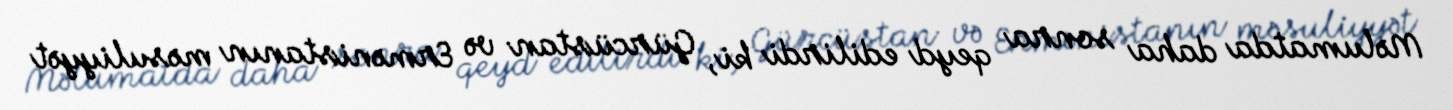
Məlumatda daha sonra qeyd edilirdi ki, Gürcüstan və Ermənistanın məsuliyyət